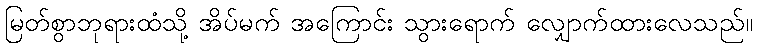
မြတ်စွာဘုရားထံသို့ အိပ်မက် အကြောင်း သွားရောက် လျှောက်ထားလေသည်။